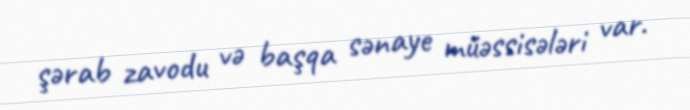
şərab zavodu və başqa sənaye müəssisələri var.